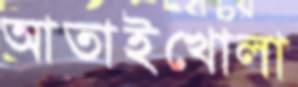
আতাইখোলা